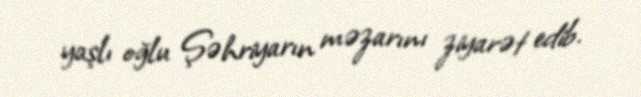
yaşlı oğlu Şəhriyarın məzarını ziyarət edib.